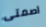
اصمتى